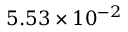
5 . 5 3 \times 1 0 ^ { - 2 }